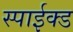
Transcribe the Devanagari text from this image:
स्पाईक्ड